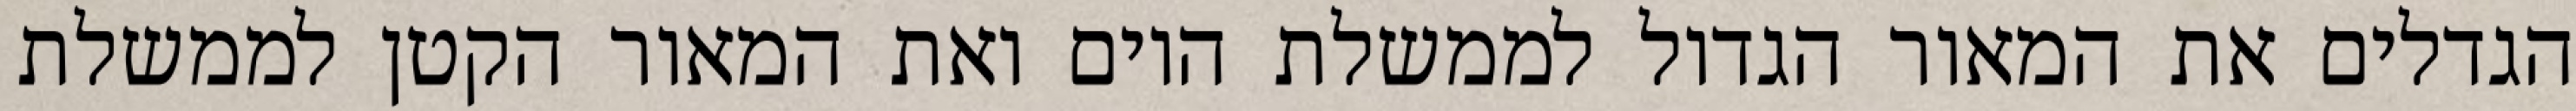
הגדלים את המאור הגדול לממשלת היום ואת המאור הקטן לממשלת